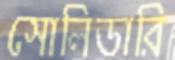
সোলিডারি